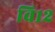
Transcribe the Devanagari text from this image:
वि१२